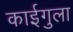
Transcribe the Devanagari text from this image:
काईगुला